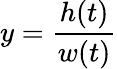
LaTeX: y={\frac{h(t)}{w(t)}}